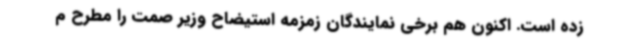
زده است. اکنون هم برخی نمایندگان زمزمه استیضاح وزیر صمت را مطرح م